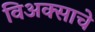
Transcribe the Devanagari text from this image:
विअक्साचे